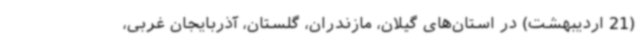
(21 اردیبهشت) در استان‌های گیلان، مازندران، گلستان، آذربایجان غربی،